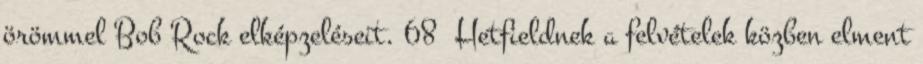
örömmel Bob Rock elképzeléseit. 68 Hetfieldnek a felvételek közben elment